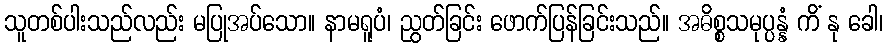
သူတစ်ပါးသည်လည်း မပြုအပ်သော။ နာမရူပံ၊ ညွတ်ခြင်း ဖောက်ပြန်ခြင်းသည်။ အဓိစ္စသမုပ္ပန္နံ ကိံ နု ခေါ၊